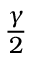
\frac { \gamma } { 2 }